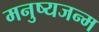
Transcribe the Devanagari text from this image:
मनुष्यजन्म